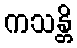
ကသန္တိ